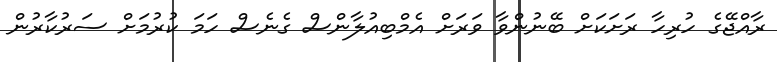
ރާއްޖޭގެ ހުރިހާ ރަށަކަށް ބޭނުންވާ ވަރަށް އެމްބިއުލާންސް ގެނެސް ހަމަ ކުރުމަށް ސަރުކާރުން